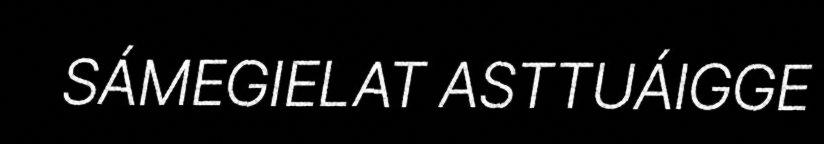
SÁMEGIELAT ASTTUÁIGGE